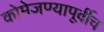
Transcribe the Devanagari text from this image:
कोमेजण्यापूर्वीच